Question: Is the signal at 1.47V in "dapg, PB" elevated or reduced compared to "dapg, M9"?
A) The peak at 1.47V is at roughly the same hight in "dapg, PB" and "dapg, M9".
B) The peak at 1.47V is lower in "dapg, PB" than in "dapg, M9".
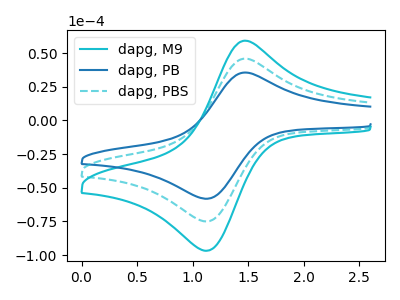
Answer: <think>The cyan curve "dapg, M9" has an anodic peak at (1.45V, 91.85uA) and a cathodic peak at (1.10V, -149.80uA). The blue curve "dapg, PB" has an anodic peak at (1.45V, 35.60uA) and a cathodic peak at (1.10V, -58.05uA). The cyan dashed curve "dapg, PBS" has an anodic peak at (1.45V, 45.90uA) and a cathodic peak at (1.10V, -74.90uA).</think>
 <answer>B) The peak at 1.47V is lower in "dapg, PB" than in "dapg, M9".</answer>
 <eval>B</eval>